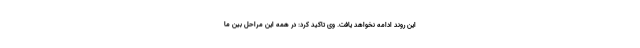
این روند ادامه نخواهد یافت. وی تاکید کرد: در همه این مراحل بین ما